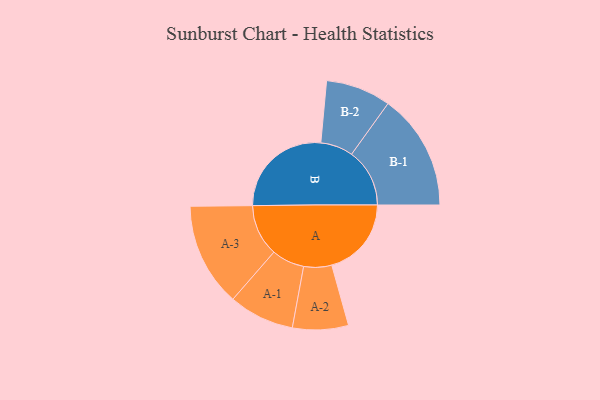
{"axis": {"x": "Segment", "y": "Value"}, "legend": ["", "A", "B"], "data": [{"x": "A", "y": 377, "type": ""}, {"x": "B", "y": 486, "type": ""}, {"x": "A-1", "y": 155, "type": "A"}, {"x": "A-2", "y": 132, "type": "A"}, {"x": "A-3", "y": 245, "type": "A"}, {"x": "B-1", "y": 275, "type": "B"}, {"x": "B-2", "y": 154, "type": "B"}]}